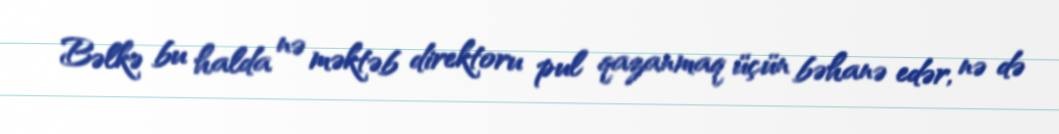
Bəlkə bu halda nə məktəb direktoru pul qazanmaq üçün bəhanə edər, nə də